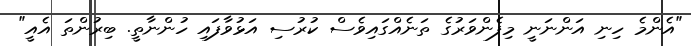
"އެންމެ ހިނި އަންނަނީ މިފެންވަރުގެ ތަނެއްގައިވެސް ކުރުސި އަޅުވާފައި ހުންނާތީ. ބިރުންތަ އެއީ"